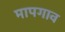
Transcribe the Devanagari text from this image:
मापगाव